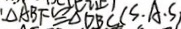
\Delta A B F \cong \Delta D B C ( S \cdot A \cdot S )